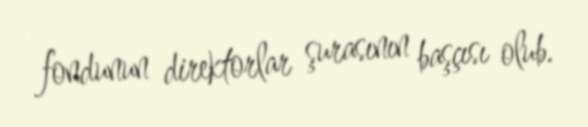
fondunun direktorlar şurasının başçısı olub.